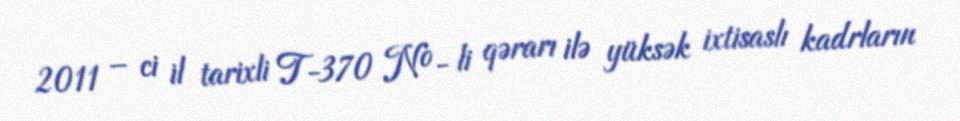
2011 – ci il tarixli T-370 №- li qərarı ilə yüksək ixtisaslı kadrların